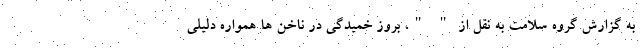
به گزارش گروه سلامت به نقل از " "، بروز خمیدگی در ناخن ها همواره دلیلی